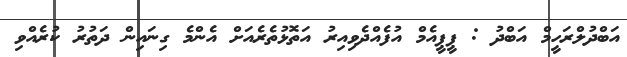
އަބްދުލްރަހީމް އަބްދު : ޕީޕީއެމް އުފެއްދެވިއިރު އަތޮޅުތެރެއަށް އެންމެ ގިނައިން ދަތުރު ކުރެއްވި